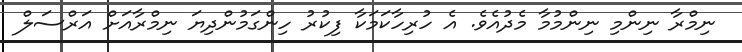
ނިމްރާ ނިންމި ނިންމުމާ މެދުއެވެ. އެ ހުރިހާކަމަކާ ފިކުރު ހިންގަމުންދިޔަ ނިމްރާއަށް އަރްސަލް